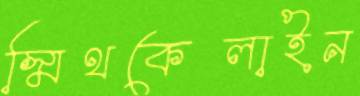
স্মিথকেলাইন